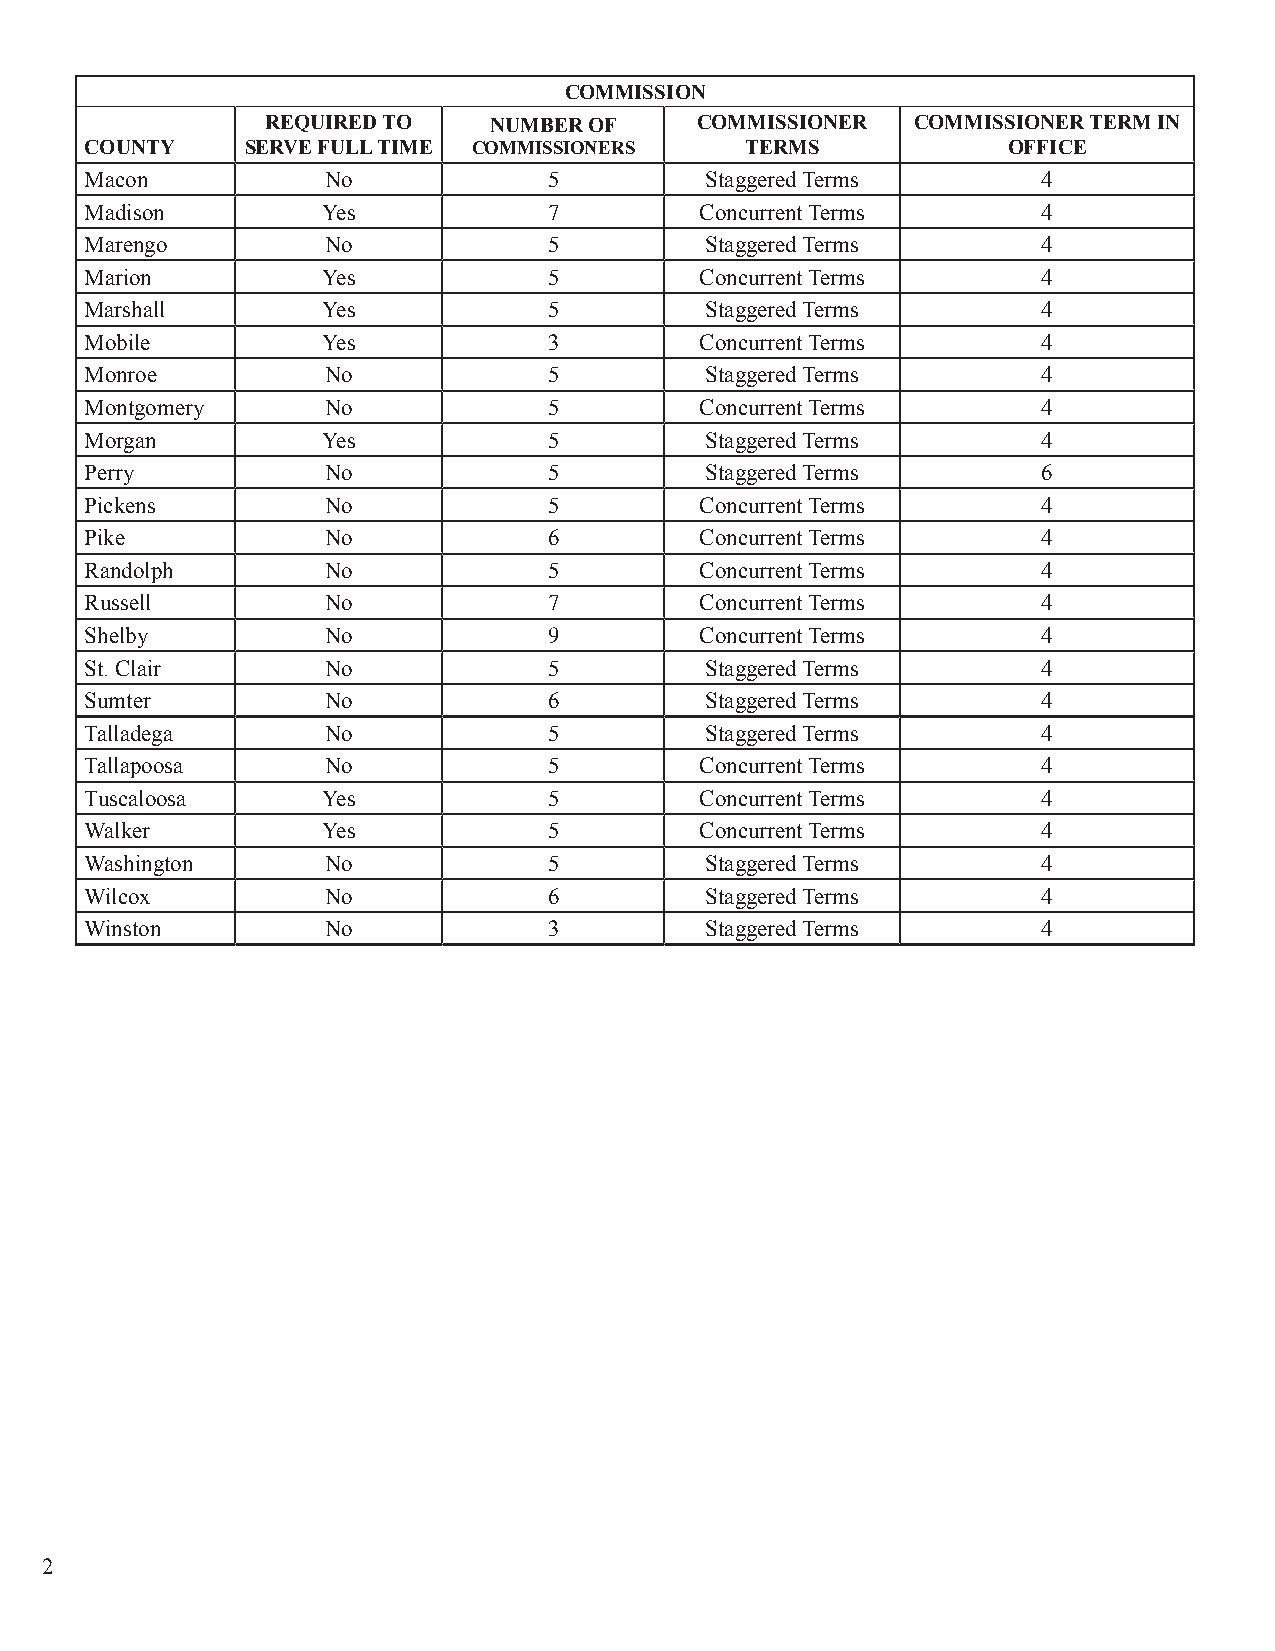
COMMISSION
 REQUIRED TO   NUMBER OF     COMMISSIONER   COMMISSIONER TERM IN
 COUNTY    SERVE FULL TIME COMMISSIONERS    TERMS             OFFICE
 Macon           No            5          Staggered Terms       4
 Madison        Yes            7         Concurrent Terms       4
 Marengo         No            5          Staggered Terms       4
 Marion         Yes            5         Concurrent Terms       4
 Marshall       Yes            5          Staggered Terms       4
 Mobile         Yes            3         Concurrent Terms       4
 Monroe          No            5          Staggered Terms       4
 Montgomery      No            5         Concurrent Terms       4
 Morgan         Yes            5          Staggered Terms       4
 Perry           No            5          Staggered Terms       6
 Pickens         No            5         Concurrent Terms       4
 Pike            No            6         Concurrent Terms       4
 Randolph        No            5         Concurrent Terms       4
 Russell         No            7         Concurrent Terms       4
 Shelby          No            9         Concurrent Terms       4
 St. Clair       No            5          Staggered Terms       4
 Sumter          No            6          Staggered Terms       4
 Talladega       No            5          Staggered Terms       4
 Tallapoosa      No            5         Concurrent Terms       4
 Tuscaloosa     Yes            5         Concurrent Terms       4
 Walker         Yes            5         Concurrent Terms       4
 Washington      No            5          Staggered Terms       4
 Wilcox          No            6          Staggered Terms       4
 Winston         No            3          Staggered Terms       4
 2